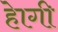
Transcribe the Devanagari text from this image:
हेागी